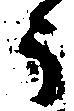
う